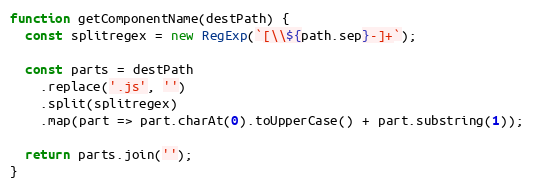
Language: JavaScript
function getComponentName(destPath) {
  const splitregex = new RegExp(`[\\${path.sep}-]+`);

  const parts = destPath
    .replace('.js', '')
    .split(splitregex)
    .map(part => part.charAt(0).toUpperCase() + part.substring(1));

  return parts.join('');
}